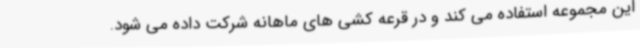
این مجموعه استفاده می کند و در قرعه کشی های ماهانه شرکت داده می شود.